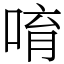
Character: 唷